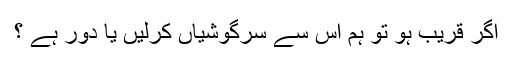
اگر قریب ہو تو ہم اس سے سرگوشیاں کرلیں یا دور ہے ؟